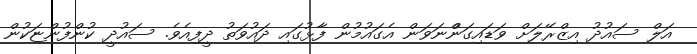
އަލް ސައުދު އިޒްރޭލަށް ވަޑައިގަންްނަވަން އެގައުމުން ފާޅުގައި ދައުވަތު ދީފިއެވެ. ސައުދީ ކުންފުންޏަކުން